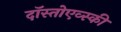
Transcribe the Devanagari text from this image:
दॉस्तोएव्स्की